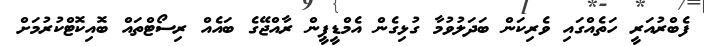
ފެބްރުއަރީ ހަތެއްގައި ވެރިކަން ބަދަލުވުމާ ގުޅިގެން އެމްޑީޕީން ރާއްޖޭގެ ބައެއް ރިސޯޓްތައް ބޮއިކޮޓްކުރުމަށް